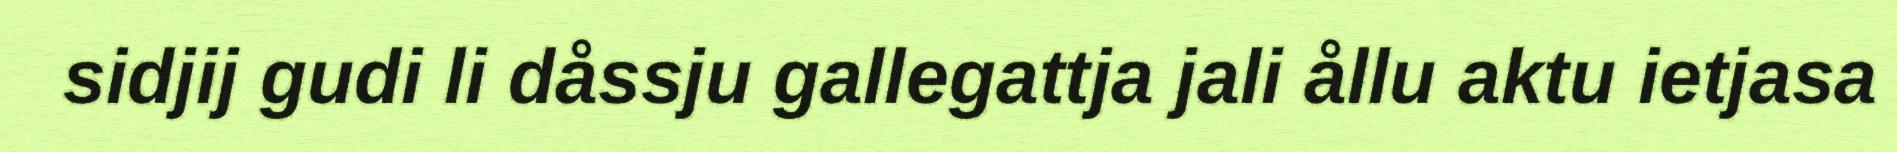
sidjij gudi li dåssju gallegattja jali ållu aktu ietjasa